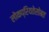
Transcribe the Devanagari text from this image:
लोकप्रियतेसोबत